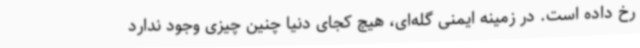
رخ داده است. در زمینه ایمنی گله‌ای، هیچ کجای دنیا چنین چیزی وجود ندارد